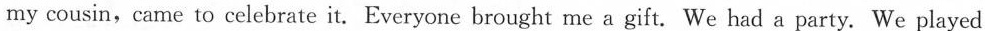
my cousin，came to celebrate it.Everyone brought me a gift.We had a party.We played